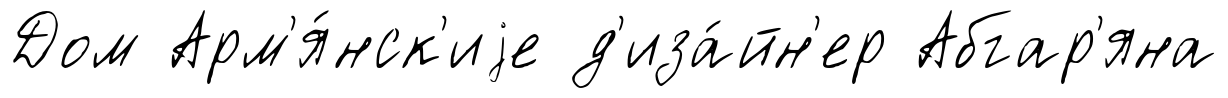
Дом Арм'я́нск'иjе д'иза́йн'ер Абгар'яна